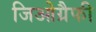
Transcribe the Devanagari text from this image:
जिओग्रैफी